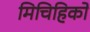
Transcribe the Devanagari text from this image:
मिचिहिको